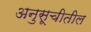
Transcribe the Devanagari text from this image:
अनुसूचीतील